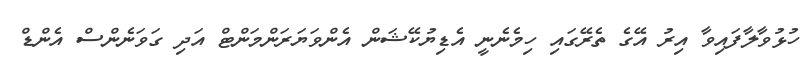
ހުޅުވާލާފައިވާ އިރު އޭގެ ތެރޭގައި ހިމެނެނީ އެޑިޔުކޭޝަން އެންވަޔަރަންމަންޓް އަދި ގަވަނެންސް އެންޑް